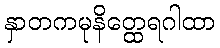
နှာတကမုနိတ္ထေရဂါထာ